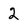
Character: 2